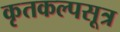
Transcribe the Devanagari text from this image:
कृतकल्पसूत्र